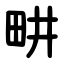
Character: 畊